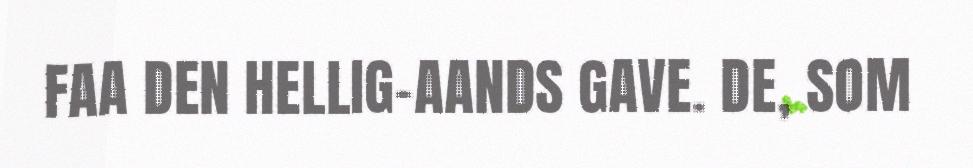
FAA DEN HELLIG-AANDS GAVE. DE, SOM